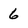
Character: 6